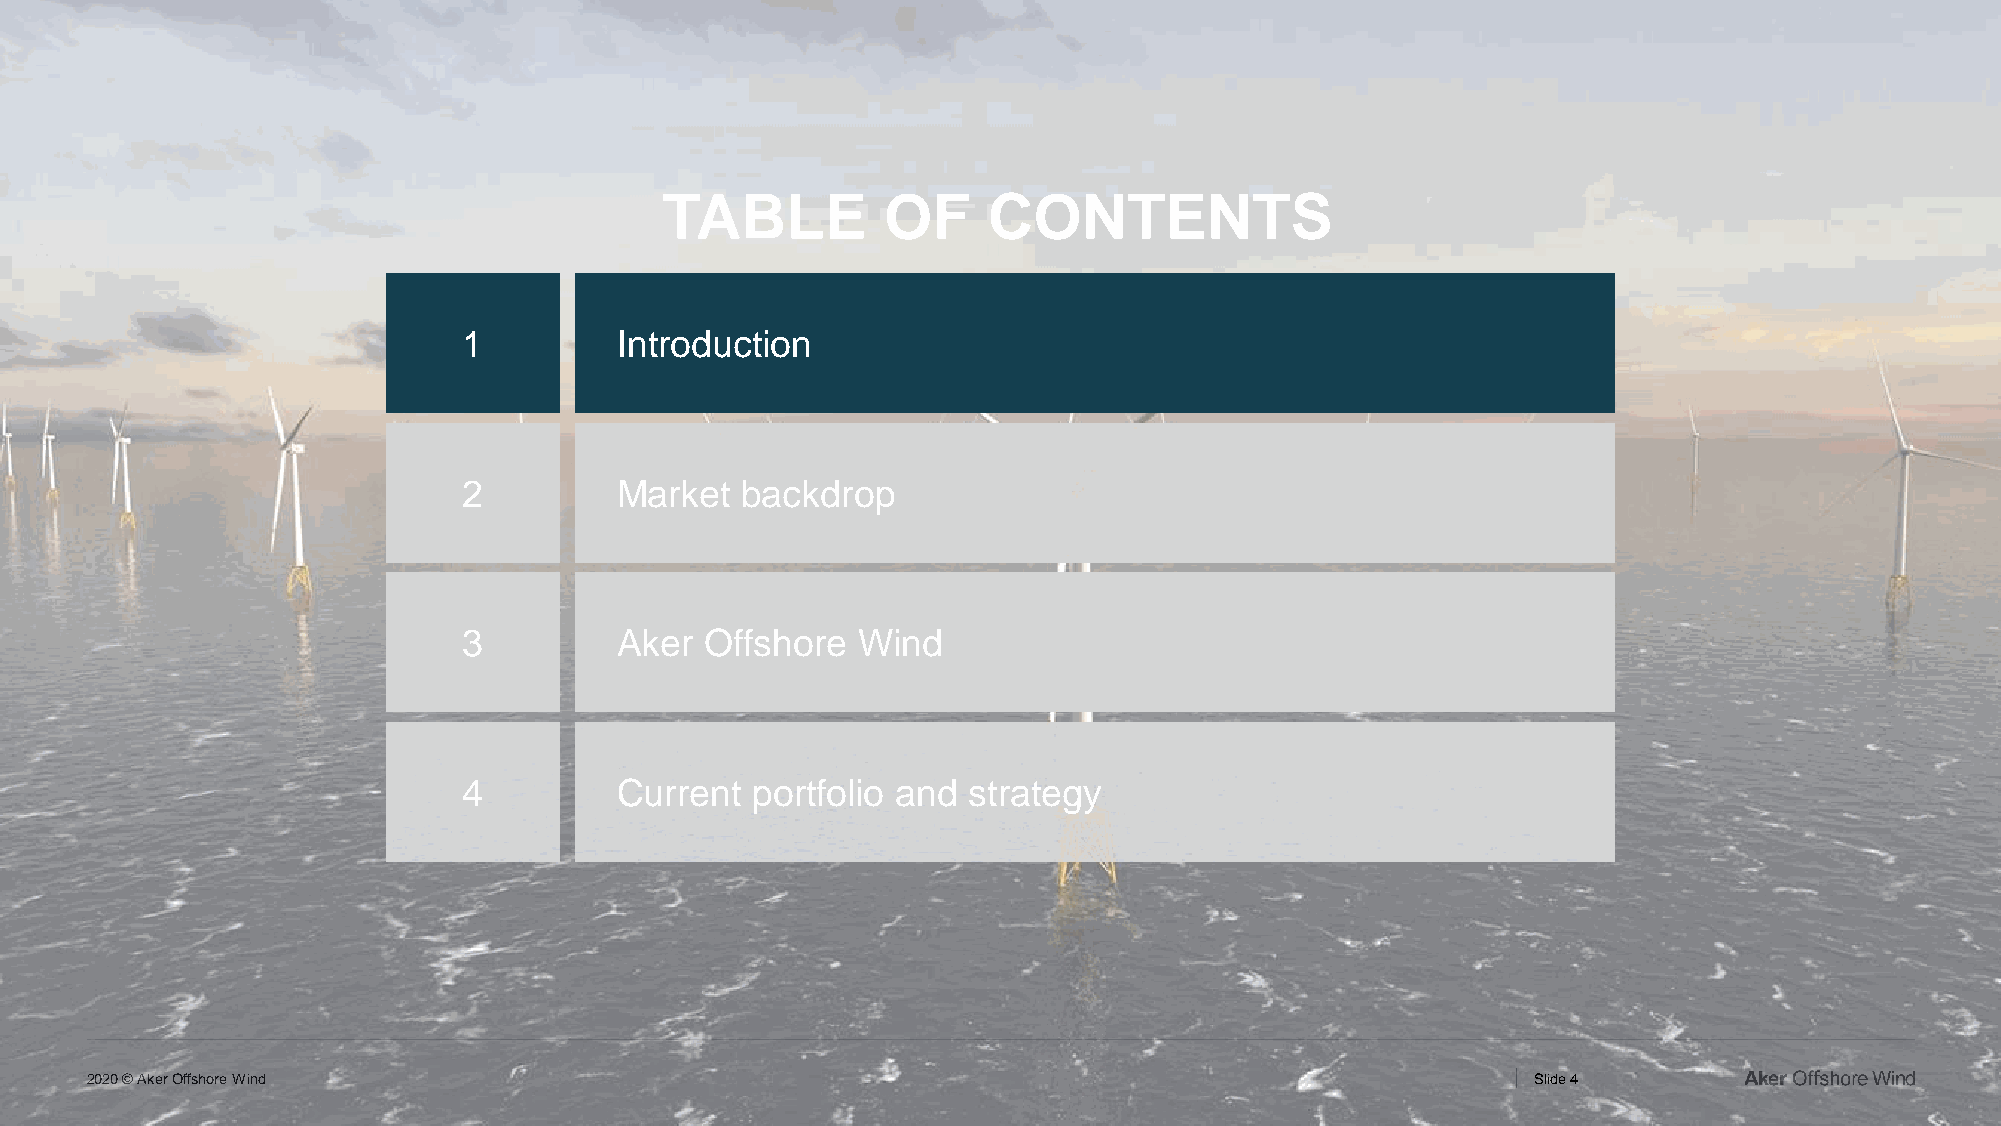
TABLE          OF    CONTENTS
 1         Introduction
 2         Market  backdrop
 3         Aker  Offshore  Wind
 4         Current  portfolio and strategy
 2020 © Aker Offshore Wind                                                                       Slide 4